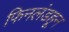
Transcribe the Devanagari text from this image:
फिनलंडहून